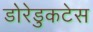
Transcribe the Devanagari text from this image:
डोरेडुकटेस